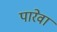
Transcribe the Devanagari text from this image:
पारेवा